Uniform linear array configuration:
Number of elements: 8
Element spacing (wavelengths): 1
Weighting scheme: binomial
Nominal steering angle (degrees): -60
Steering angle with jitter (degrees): -61.511
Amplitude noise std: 0.05
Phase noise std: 0.05

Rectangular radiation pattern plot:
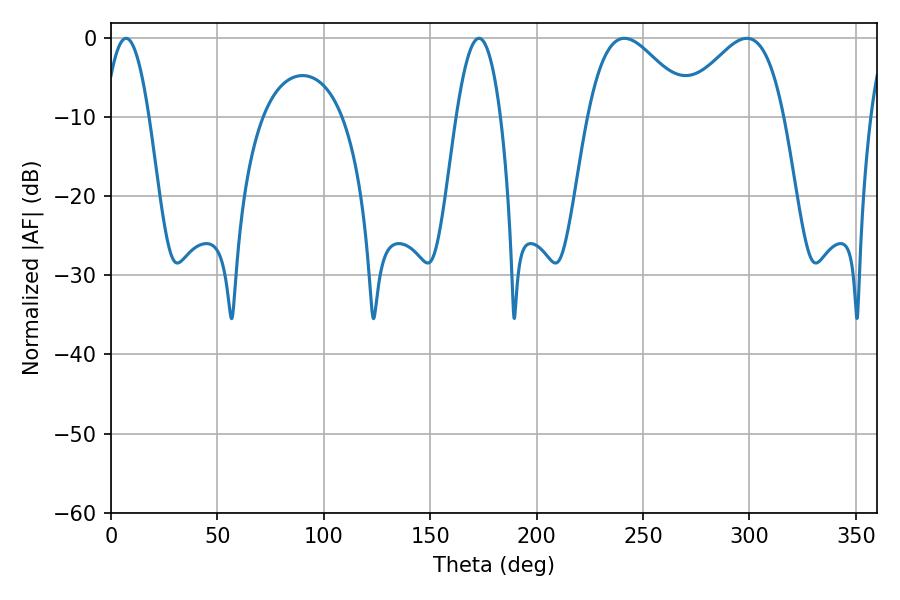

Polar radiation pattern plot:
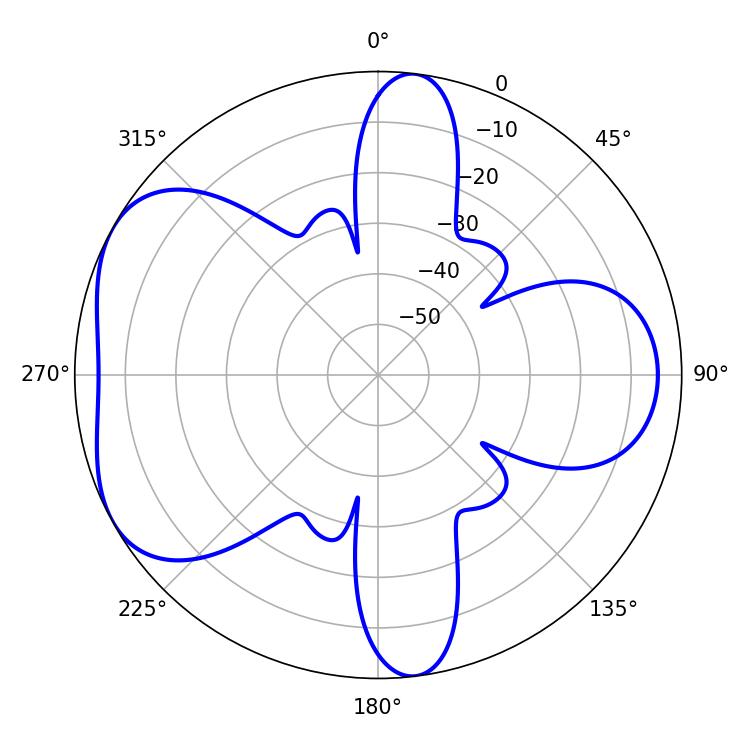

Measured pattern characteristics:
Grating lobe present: TRUE
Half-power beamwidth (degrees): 26.46
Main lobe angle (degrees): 241.2